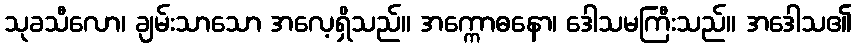
သုခသီလော၊ ချမ်းသာသော အလေ့ရှိသည်။ အက္ကောဓနော၊ ဒေါသမကြီးသည်။ အဒေါသ၏